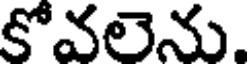
కోవలెను.